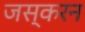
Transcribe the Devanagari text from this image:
जस्करन